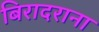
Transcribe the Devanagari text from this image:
बिरादराना